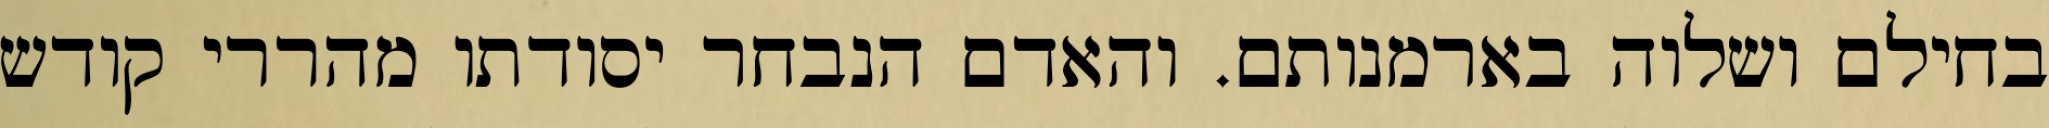
בחילם ושלוה בארמנותם. והאדם הנבחר יסודתו מהררי קודש